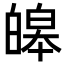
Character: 皞